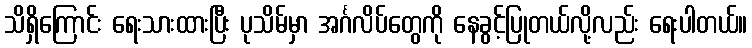
သိရှိကြောင်း ရေးသားထားပြီး ပုသိမ်မှာ အင်္ဂလိပ်တွေကို နေခွင့်ပြုတယ်လို့လည်း ရေးပါတယ်။